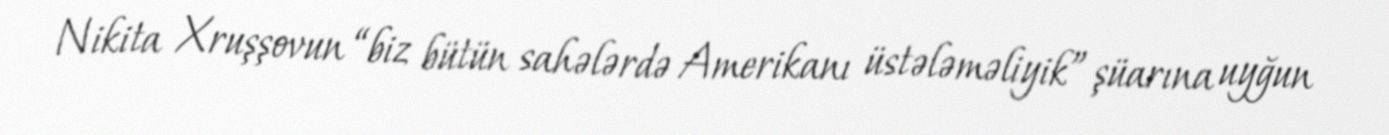
Nikita Xruşşovun “biz bütün sahələrdə Amerikanı üstələməliyik” şüarına uyğun